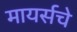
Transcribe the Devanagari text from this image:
मायर्सचे